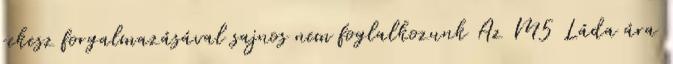
rekesz forgalmazásával sajnos nem foglalkozunk Az M5 Láda ára